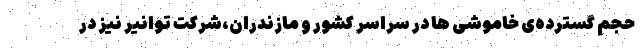
حجم گسترده‌ی خاموشی ها در سراسر کشور و مازندران،شرکت توانیر نیز در